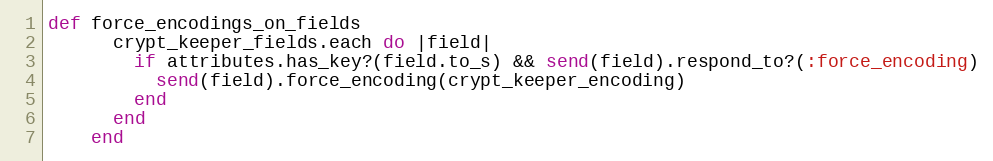
Language: Ruby
def force_encodings_on_fields
      crypt_keeper_fields.each do |field|
        if attributes.has_key?(field.to_s) && send(field).respond_to?(:force_encoding)
          send(field).force_encoding(crypt_keeper_encoding)
        end
      end
    end